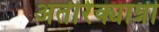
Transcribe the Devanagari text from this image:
अतीरेक्यान्नी